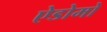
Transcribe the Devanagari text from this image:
ऐडोमो